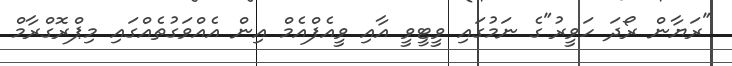
"ރަޔާން ރޯދަ ހަވީރު"ގެ ނަމުގައި ވީޓީވީ އާއި ވީއެފްއެމް އިން އެއްވަގުތެއްގައި މިޕްރޮގްރާމް